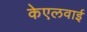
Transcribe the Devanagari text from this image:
केएलवाई